Document type: Grant
Year: 1403
Scribe: Berenguer Pedrosell
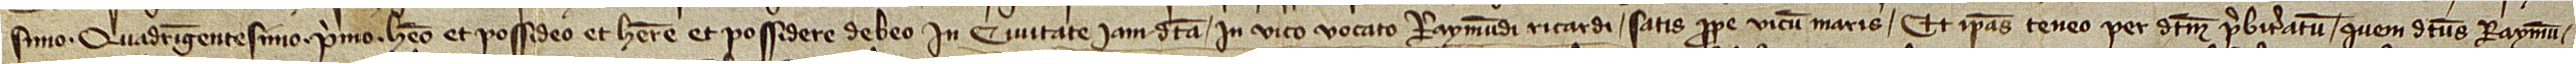
simo quadringentesimo primo, habeo et possideo et habere et possidere debeo in civitate iamdicta, in vico vocato Raymundi Ricardi, satis prope vicum Maris, et ipsas teneo per dictum presbiteratum quem dictus Raymun-